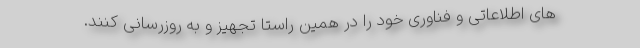
های اطلاعاتی و فناوری خود را در همین راستا تجهیز و به روزرسانی کنند.